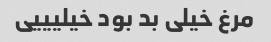
مرغ خیلی بد بود خیلیییی